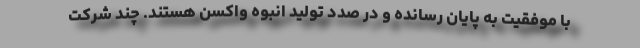
با موفقیت به پایان رسانده و در صدد تولید انبوه واکسن هستند. چند شرکت